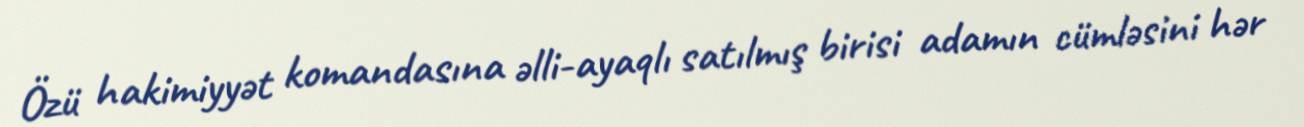
Özü hakimiyyət komandasına əlli-ayaqlı satılmış birisi adamın cümləsini hər